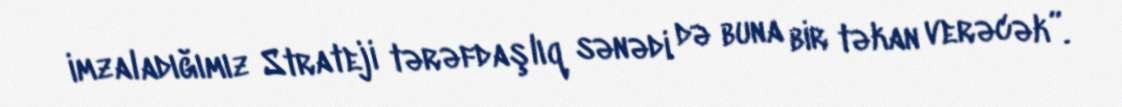
imzaladığımız Strateji tərəfdaşlıq sənədi də buna bir təkan verəcək”.